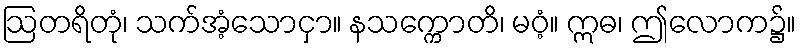
ဩတရိတုံ၊ သက်အံ့သောငှာ။ နသက္ကောတိ၊ မဝံ့။ ဣဓ၊ ဤလောက၌။